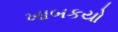
ખાબકયો